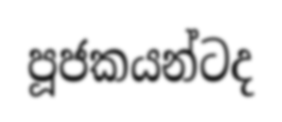
පූජකයන්ටද